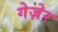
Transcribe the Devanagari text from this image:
गेज़ेर